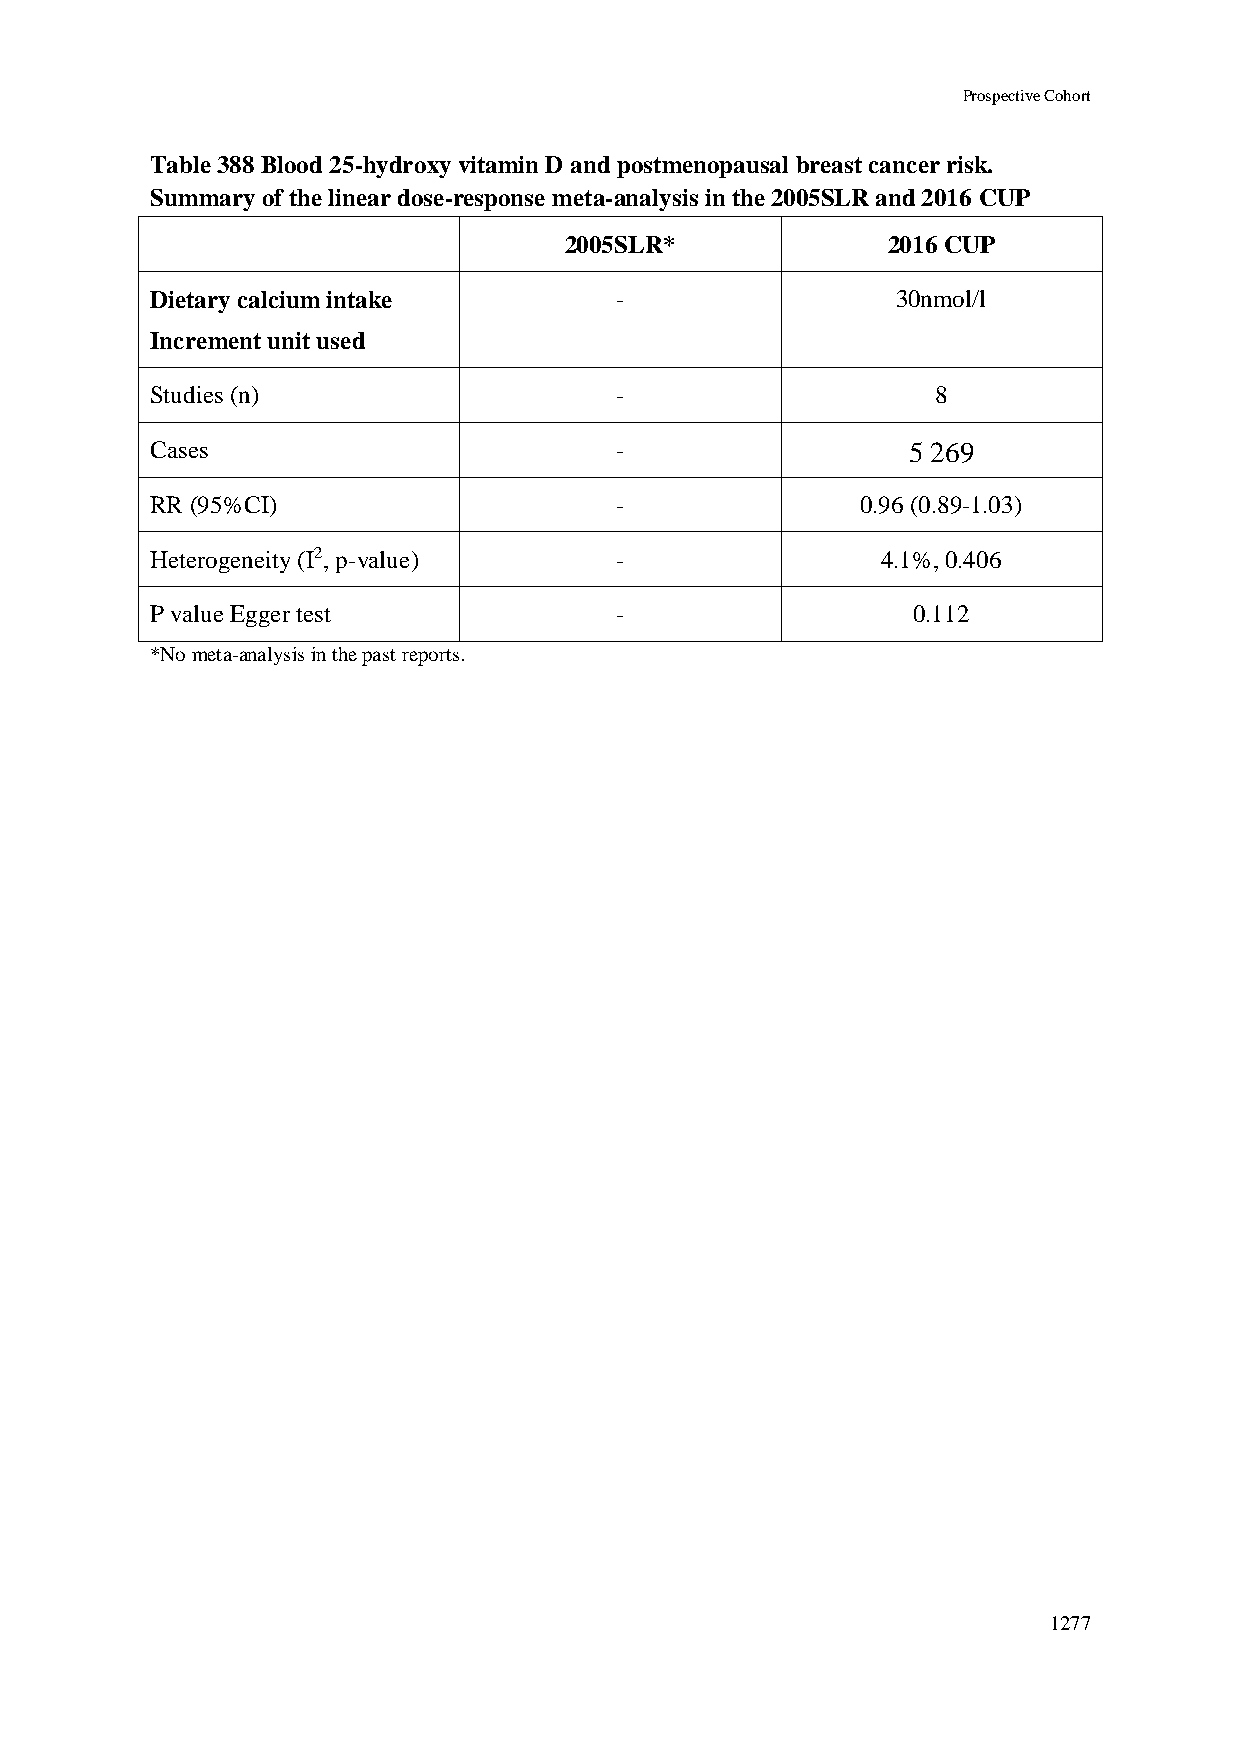
Prospective Cohort
 Table 388 Blood 25-hydroxy vitamin D and postmenopausal breast cancer risk.
 Summary of the linear dose-response meta-analysis in the 2005SLR and 2016 CUP
 2005SLR*              2016 CUP
 Dietary calcium intake         -                 30nmol/l
 Increment unit used
 Studies (n)                    -                    8
 Cases                          -                  5 269
 RR (95%CI)                     -               0.96 (0.89-1.03)
 Heterogeneity (I2, p-value)    -                4.1%, 0.406
 P value Egger test             -                  0.112
 *No meta-analysis in the past reports.
 1277